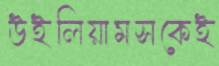
উইলিয়ামসকেই